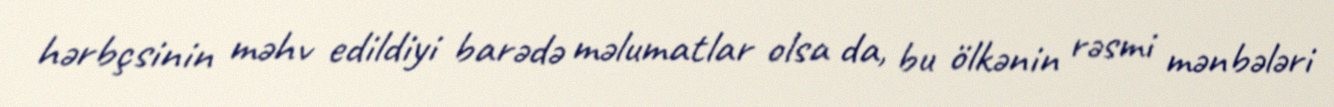
hərbçsinin məhv edildiyi barədə məlumatlar olsa da, bu ölkənin rəsmi mənbələri